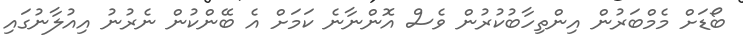
ބޯޑަށް މެމްބަރުން އިންތިހާބުކުރުން ވެސް އޮންނާނެ ކަމަށް އެ ބޭންކުން ނެރުނު އިއުލާނުގައި